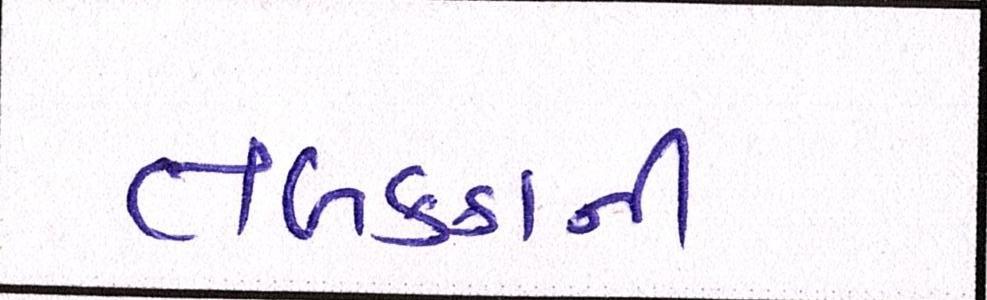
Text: તબક્કાની